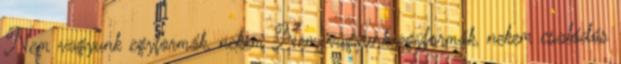
Nem vagyunk egyformák, nekem Nem vagyunk egyformák, nekem csalódás